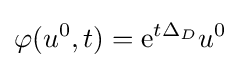
\varphi (u^{0},t)={\mbox{e}}^{t\Delta _{D}}u^{0}